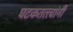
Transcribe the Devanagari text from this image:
घटकतत्त्वांनी